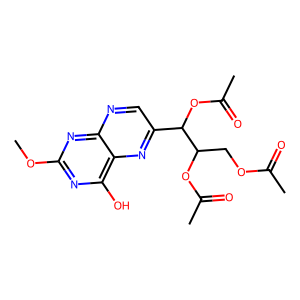
SMILES: COc1nc(O)c2nc(C(OC(C)=O)C(COC(C)=O)OC(C)=O)cnc2n1
Inhibits HIV replication: No